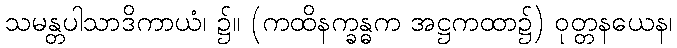
သမန္တပါသာဒိကာယံ၊ ၌။ (ကထိနက္ခန္ဓက အဋ္ဌကထာ၌) ဝုတ္တနယေန၊